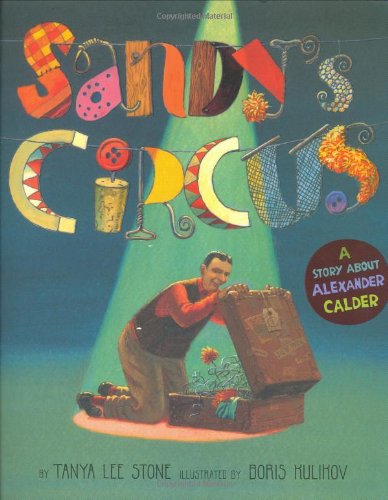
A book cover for Sandy's Circus: A Story About Alexander Calder; Tanya Lee Stone; Children's Books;